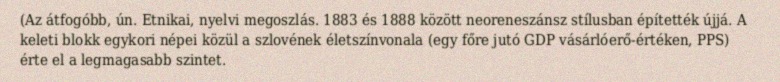
(Az átfogóbb, ún. Etnikai, nyelvi megoszlás. 1883 és 1888 között neoreneszánsz stílusban építették újjá. A keleti blokk egykori népei közül a szlovének életszínvonala (egy főre jutó GDP vásárlóerő-értéken, PPS) érte el a legmagasabb szintet.